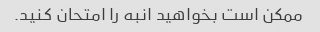
ممکن است بخواهید انبه را امتحان کنید.